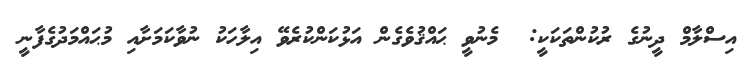
އިސްލާމް ދީނުގެ ރުކުންތަކަކީ:  މެނުވީ ޙައްޤުވެގެން އަޅުކަންކުރެވޭ އިލާހަކު ނުވާކަމަށާއި މުޙައްމަދުގެފާނީ